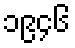
၁၉၄၆